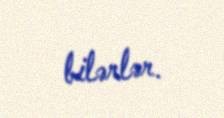
bilərlər.